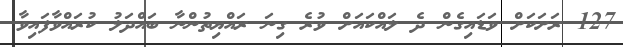
127 ރަށަކަށް ވަޑައިގެން ދެ ލައްކައަށް ވުރެ ގިނަ ރައްޔިތުންނާ ބައްދަލު ކުރައްވާފައިވާ